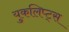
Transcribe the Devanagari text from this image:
युकलिप्ट्स